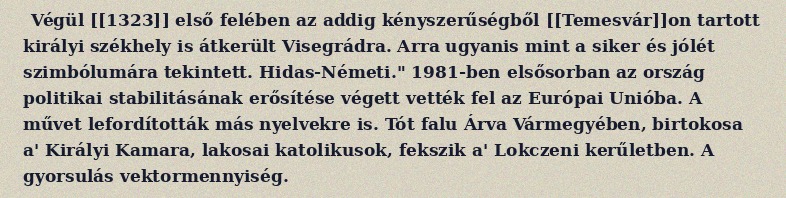
Végül [[1323]] első felében az addig kényszerűségből [[Temesvár]]on tartott királyi székhely is átkerült Visegrádra. Arra ugyanis mint a siker és jólét szimbólumára tekintett. Hidas-Németi." 1981-ben elsősorban az ország politikai stabilitásának erősítése végett vették fel az Európai Unióba. A művet lefordították más nyelvekre is. Tót falu Árva Vármegyében, birtokosa a' Királyi Kamara, lakosai katolikusok, fekszik a' Lokczeni kerűletben. A gyorsulás vektormennyiség.